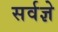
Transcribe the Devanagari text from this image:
सर्वज्ञे